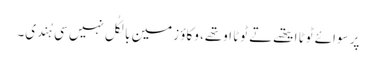
پر سوائے ٹوٹا ایتھے تے ٹوٹا اوتھے، وکاؤ زمین بالکُل نہیں سی ہُندی۔